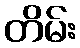
တိမ်း